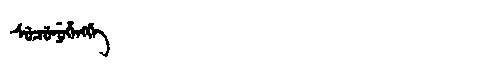
Manchu: ᠰᡠᠴᡠᠨᡠᡥᡝᠩᡤᡝ
Romanization: SUCUNUHENGGE